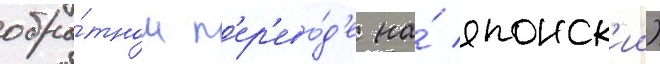
обра́тном п'ер'ево́д'е на́ японск'ии)